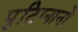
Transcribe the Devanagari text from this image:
पुटिग्नानो